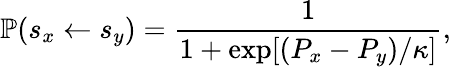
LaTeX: \mathbb{P}(s_{x}\leftarrow s_{y})=\frac{1}{1+\exp[(P_{x}-P_{y})/\kappa]},